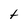
Character: t